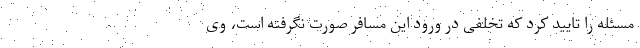
مسئله را تایید کرد که تخلفی در ورود این مسافر صورت نگرفته است، وی